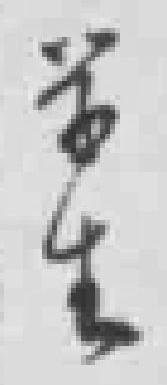
学生